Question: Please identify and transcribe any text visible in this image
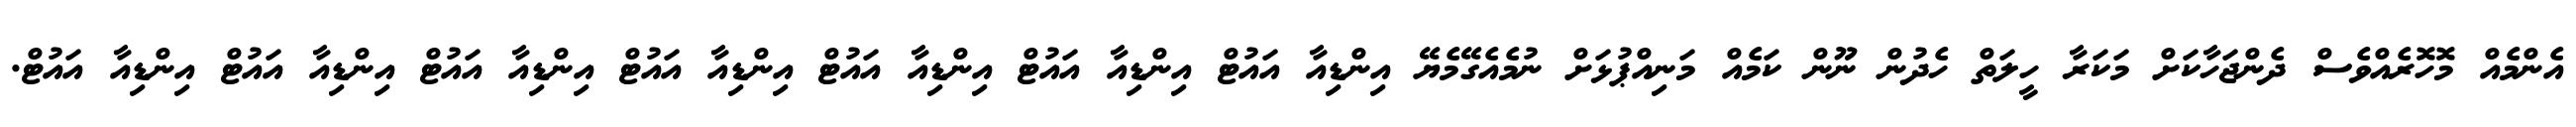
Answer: އެންމެއް މޮހޮރެއްވެސް ދެންޖަހާކަށް މަކަރާ ހީލަތް ހެދުން ނޫން ކަމެއް މަނިއްޕުޅަށް ނުމެއެގޭމެޔޭ އިންޑިއާ އައުޓް އިންޑިއާ އައުޓް އިންޑިއާ އައުޓް އިންޑިއާ އައުޓް އިންޑިއާ އައުޓް އިންޑިއާ އައުޓް އިންޑިއާ އައުޓް.